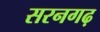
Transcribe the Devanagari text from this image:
सरनगढ़